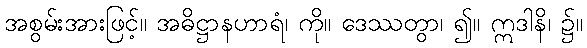
အစွမ်းအားဖြင့်။ အဓိဋ္ဌာနဟာရံ၊ ကို။ ဒေဿတွာ၊ ၍။ ဣဒါနိ၊ ၌။